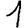
Digit: 1